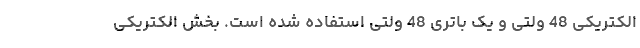
الکتریکی 48 ولتی و یک باتری 48 ولتی استفاده شده است. بخش الکتریکی